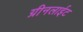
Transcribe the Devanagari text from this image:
ग्रीनलाईट